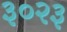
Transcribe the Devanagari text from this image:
३०२३